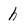
Character: h